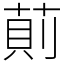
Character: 萴